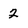
Character: 2